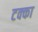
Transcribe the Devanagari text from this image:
टक्‍का